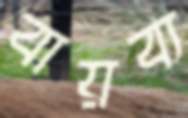
বায়ব্য